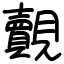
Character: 覿